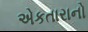
એકતારાનો